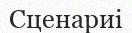
Сценариі